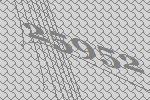
25952